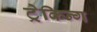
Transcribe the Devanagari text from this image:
ट्रेकिन्ग